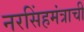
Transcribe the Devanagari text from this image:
नरसिंहमंत्राची